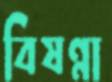
বিষণ্ণা